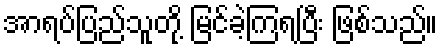
အာရပ်ပြည်သူတို့ မြင်ခဲ့ကြရပြီး ဖြစ်သည်။